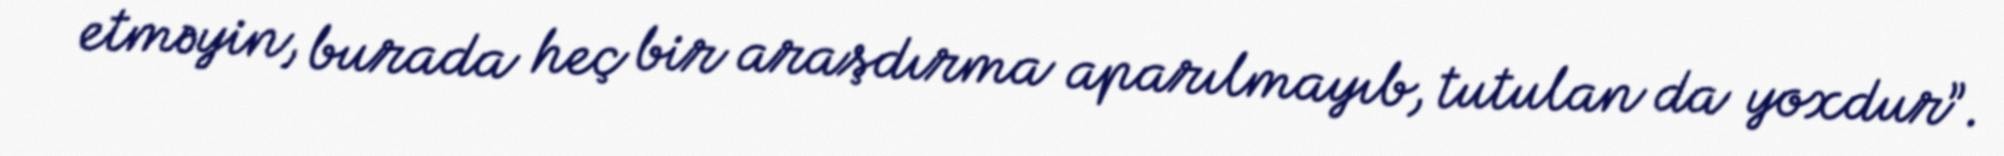
etməyin, burada heç bir araşdırma aparılmayıb, tutulan da yoxdur”.